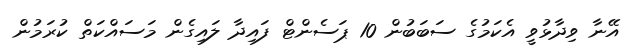
އޭނާ ވިދާޅުވީ އެކަމުގެ ސަބަބުން 10 ޕަސެންޓް ފައިދާ ލައިގެން މަސައްކަތް ކުރަމުން